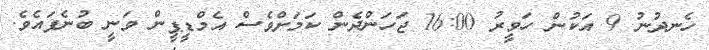
ހެނދުނު 9 އަކުން ހަވީރު 16:00 ޖަހަންދެން ކަމަށްވެސް އެމްޑީޕީން ވަނީ ބުނެފައެވެ.